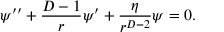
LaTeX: \psi ^ { \prime \prime } + \frac { D - 1 } { r } \psi ^ { \prime } + \frac { \eta } { r ^ { D - 2 } } \psi = 0 .